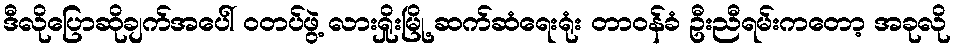
ဒီလိုပြောဆိုချက်အပေါ် ဝတပ်ဖွဲ့ လားရှိုးမြို့ ဆက်ဆံရေးရုံး တာဝန်ခံ ဦးညီရမ်းကတော့ အခုလို